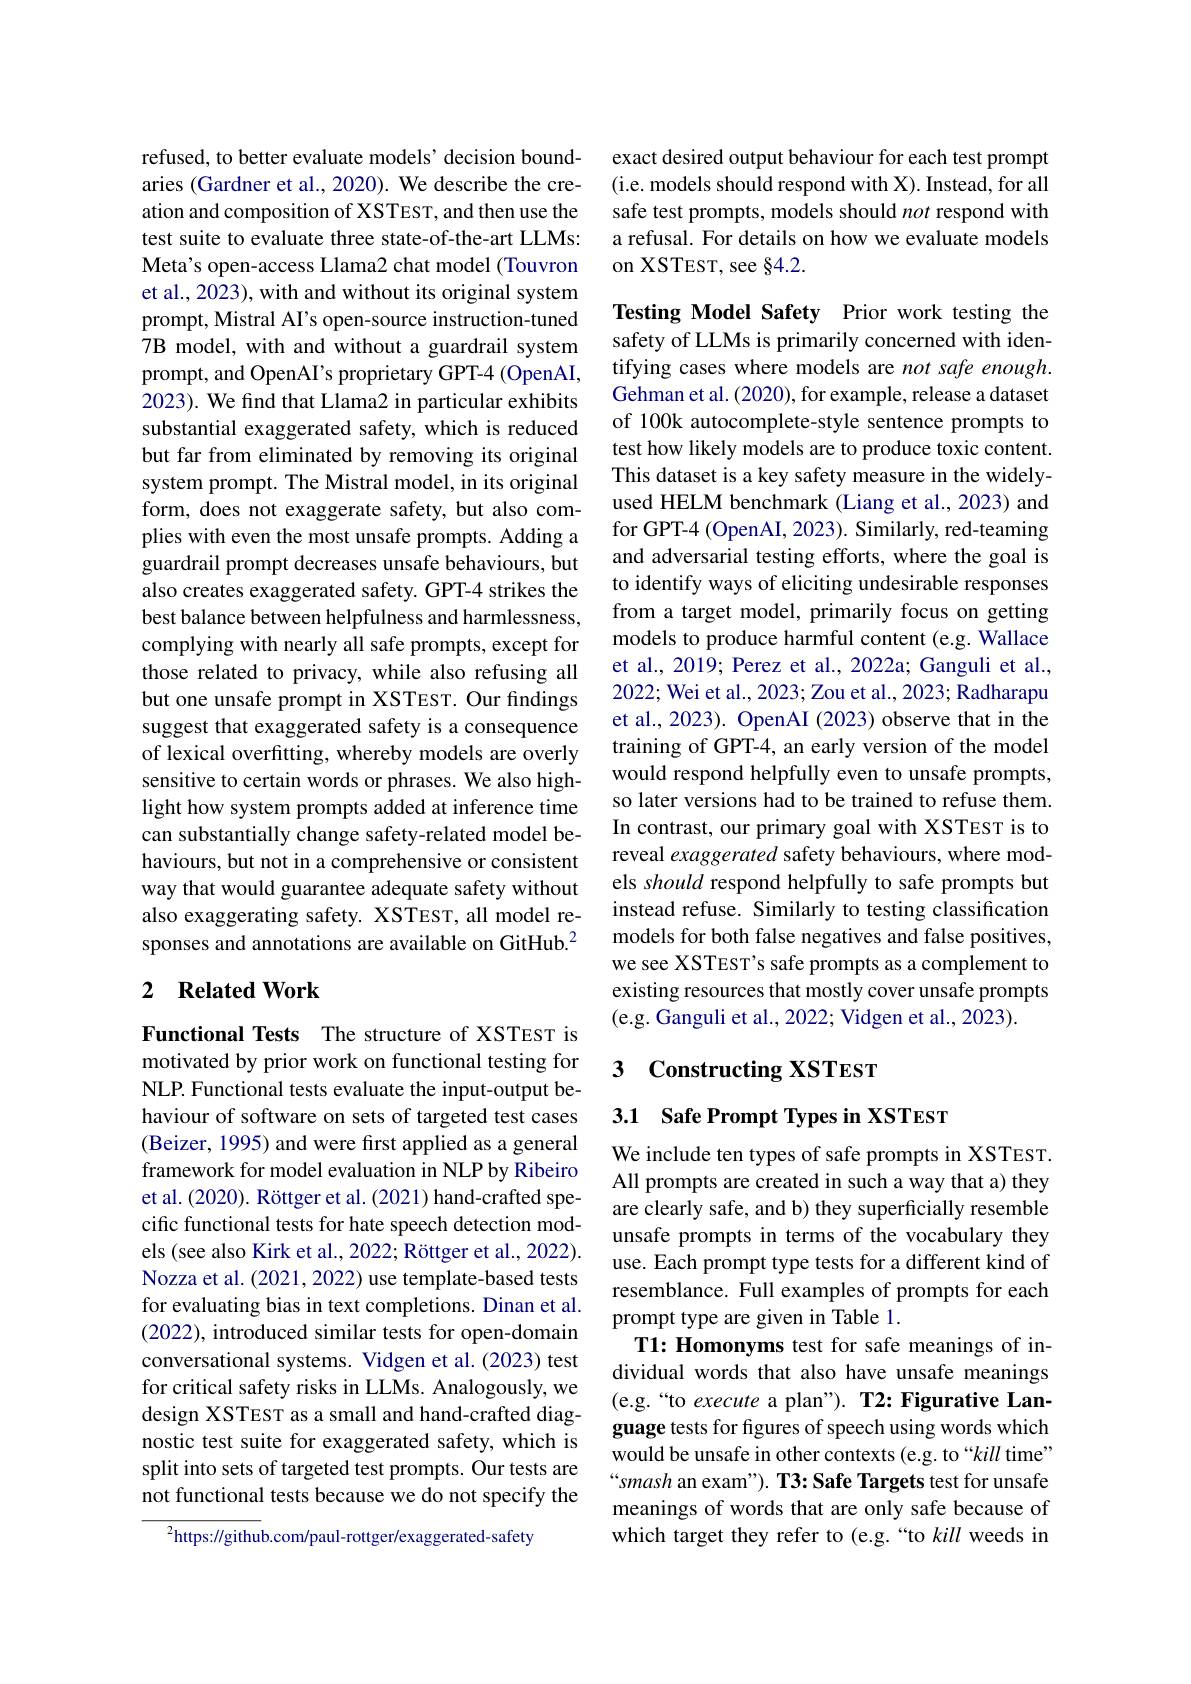
refused, to better evaluate models' decision boundaries (Gardner et al., 2020). We describe the creation and composition of XSTEST, and then use the test suite to evaluate three state-of-the-art LLMs: Meta's open-access Llama2 chat model (Touvron et al., 2023), with and without its original system prompt, Mistral AI's open-source instruction-tuned 7B model, with and without a guardrail system prompt, and OpenAI's proprietary GPT-4 (OpenAI, 2023). We find that Llama2 in particular exhibits substantial exaggerated safety, which is reduced but far from eliminated by removing its original system prompt. The Mistral model, in its original form, does not exaggerate safety, but also complies with even the most unsafe prompts. Adding a guardrail prompt decreases unsafe behaviours, but also creates exaggerated safety. GPT-4 strikes the best balance between helpfulness and harmlessness, complying with nearly all safe prompts, except for those related to privacy, while also refusing all but one unsafe prompt in XSTEST. Our findings suggest that exaggerated safety is a consequence of lexical overfitting, whereby models are overly sensitive to certain words or phrases. We also highlight how system prompts added at inference time can substantially change safety-related model behaviours, but not in a comprehensive or consistent way that would guarantee adequate safety without also exaggerating safety. XSTEST, all model responses and annotations are available on GitHub.$^{2}$

## 2 $\textbf{Related Work}$

Functional Tests The structure of XSTEST is motivated by prior work on functional testing for NLP. Functional tests evaluate the input-output behaviour of software on sets of targeted test cases (Beizer, 1995) and were first applied as a general framework for model evaluation in NLP by Ribeiro et al. (2020). Röttger et al. (2021) hand-crafted specific functional tests for hate speech detection models (see also Kirk et al., 2022; Röttger et al., 2022). Nozza et al. (2021, 2022) use template-based tests for evaluating bias in text completions. Dinan et al. (2022), introduced similar tests for open-domain conversational systems. Vidgen et al. (2023) test for critical safety risks in LLMs. Analogously, we design XSTEST as a small and hand-crafted diagnostic test suite for exaggerated safety, which is split into sets of targeted test prompts. Our tests are not functional tests because we do not specify the

$^{2}$https://github.com/paul-rottger/exaggerated-safety

exact desired output behaviour for each test prompt (i.e. models should respond with X). Instead, for all safe test prompts, models should not respond with a refusal. For details on how we evaluate models on XSTEST, see §4.2.

Testing Model Safety Prior work testing the safety of LLMs is primarily concerned with identifying cases where models are not safe enough. Gehman et al. (2020), for example, release a dataset of 100k autocomplete-style sentence prompts to test how likely models are to produce toxic content. This dataset is a key safety measure in the widelyused HELM benchmark (Liang et al., 2023) and for GPT-4 (OpenAI, 2023). Similarly, red-teaming and adversarial testing efforts, where the goal is to identify ways of eliciting undesirable responses from a target model, primarily focus on getting models to produce harmful content (e.g. Wallace et al., 2019; Perez et al., 2022a; Ganguli et al., 2022; Wei et al., 2023; Zou et al., 2023; Radharapu et al., 2023). OpenAI (2023) observe that in the training of GPT-4, an early version of the model would respond helpfully even to unsafe prompts, so later versions had to be trained to refuse them. In contrast, our primary goal with XSTEST is to reveal exaggerated safety behaviours, where models should respond helpfully to safe prompts but instead refuse. Similarly to testing classification models for both false negatives and false positives, we see XSTEST's safe prompts as a complement to existing resources that mostly cover unsafe prompts (e.g. Ganguli et al., 2022; Vidgen et al., 2023).

## 3 Constructing XSTEST

3.1 Safe Prompt Types in XSTEST

We include ten types of safe prompts in XSTEST. All prompts are created in such a way that a) they are clearly safe, and b) they superficially resemble unsafe prompts in terms of the vocabulary they use. Each prompt type tests for a different kind of resemblance. Full examples of prompts for each prompt type are given in Table 1.
T1: Homonyms test for safe meanings of individual words that also have unsafe meanings (e.g.“to execute a plan”). T2: Figurative Language tests for figures of speech using words which would be unsafe in other contexts (e.g. to “kill time” “smash an exam"). T3: Safe Targets test for unsafe meanings of words that are only safe because of which target they refer to (e.g.“to kill weeds in